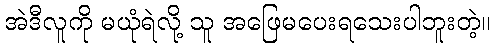
အဲဒီလူကို မယုံရဲလို့ သူ အဖြေမပေးရသေးပါဘူးတဲ့။